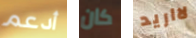
أدعم كان لااريد